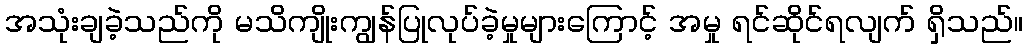
အသုံးချခဲ့သည်ကို မသိကျိုးကျွန်ပြုလုပ်ခဲ့မှုများကြောင့် အမှု ရင်ဆိုင်ရလျက် ရှိသည်။